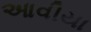
આવીયા